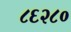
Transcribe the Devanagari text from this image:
८६२८०